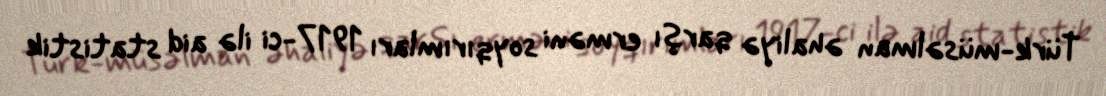
Türk-müsəlman əhaliyə qarşı erməni soyqırımları 1917-ci ilə aid statistik